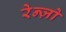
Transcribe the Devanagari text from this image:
रेन्ज़ो